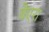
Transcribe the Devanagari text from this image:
बैएरा